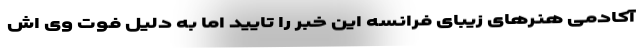
آکادمی هنرهای زیبای فرانسه این خبر را تایید اما به دلیل فوت وی اش